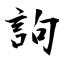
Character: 訽